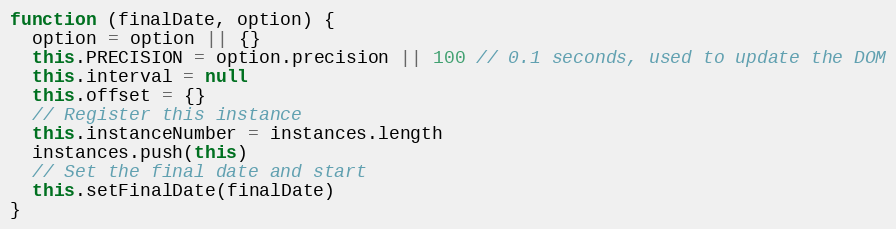
Language: JavaScript
function (finalDate, option) {
  option = option || {}
  this.PRECISION = option.precision || 100 // 0.1 seconds, used to update the DOM
  this.interval = null
  this.offset = {}
  // Register this instance
  this.instanceNumber = instances.length
  instances.push(this)
  // Set the final date and start
  this.setFinalDate(finalDate)
}